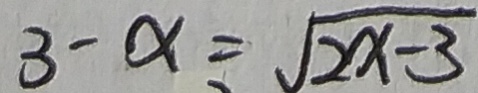
3 - x = \sqrt { 2 x - 3 }